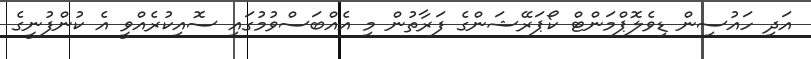
އަދި ހައުސިން ޑިވެލޮޕްމަންޓް ކޯޕަރޭޝަންގެ ފަރާތުން މި އެއްބަސްވުމުގައި ސޮއިކުރެއްވީ އެ ކުންފުނީގެ